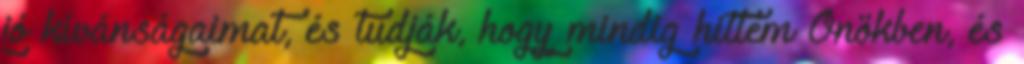
jó kívánságaimat, és tudják, hogy mindig hittem Önökben, és